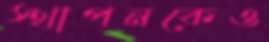
স্থাপনকেও